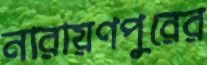
নারায়ণপুরের